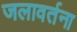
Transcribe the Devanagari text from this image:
जलावर्तना